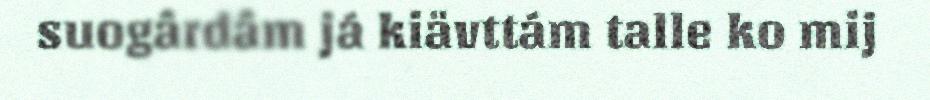
suogârdâm já kiävttám talle ko mij